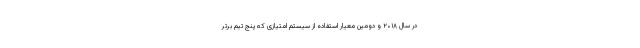
در سال ۲۰۱۸ و دومین معیار استفاده از سیستم امتیازی که پنج تیم برتر